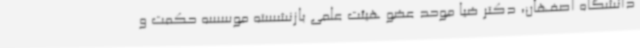
دانشگاه اصفهان، دکتر ضیا موحد عضو هیئت علمی بازنشسته موسسه حکمت و